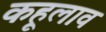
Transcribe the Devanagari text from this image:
कहूलाव